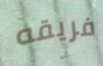
فريقه